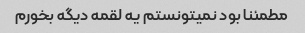
مطمئنا بود نمیتونستم یه لقمه دیگه بخورم